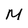
Character: M